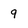
Character: 9